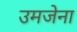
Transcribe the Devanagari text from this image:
उमजेना